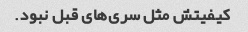
کیفیتش مثل سری‌های قبل نبود.